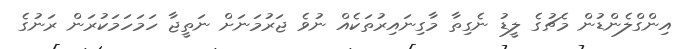
އިންގްލެންޑުން މެޗުގެ ލީޑު ނެގިތާ މާގިނައިރުތަކެއް ނުވެ ޖަރުމަނަށް ނަތީޖާ ހަމަހަމަކުރަން ރަނުގެ